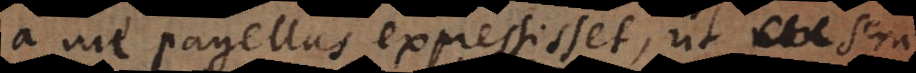
a me pagellas expressisset, ut non